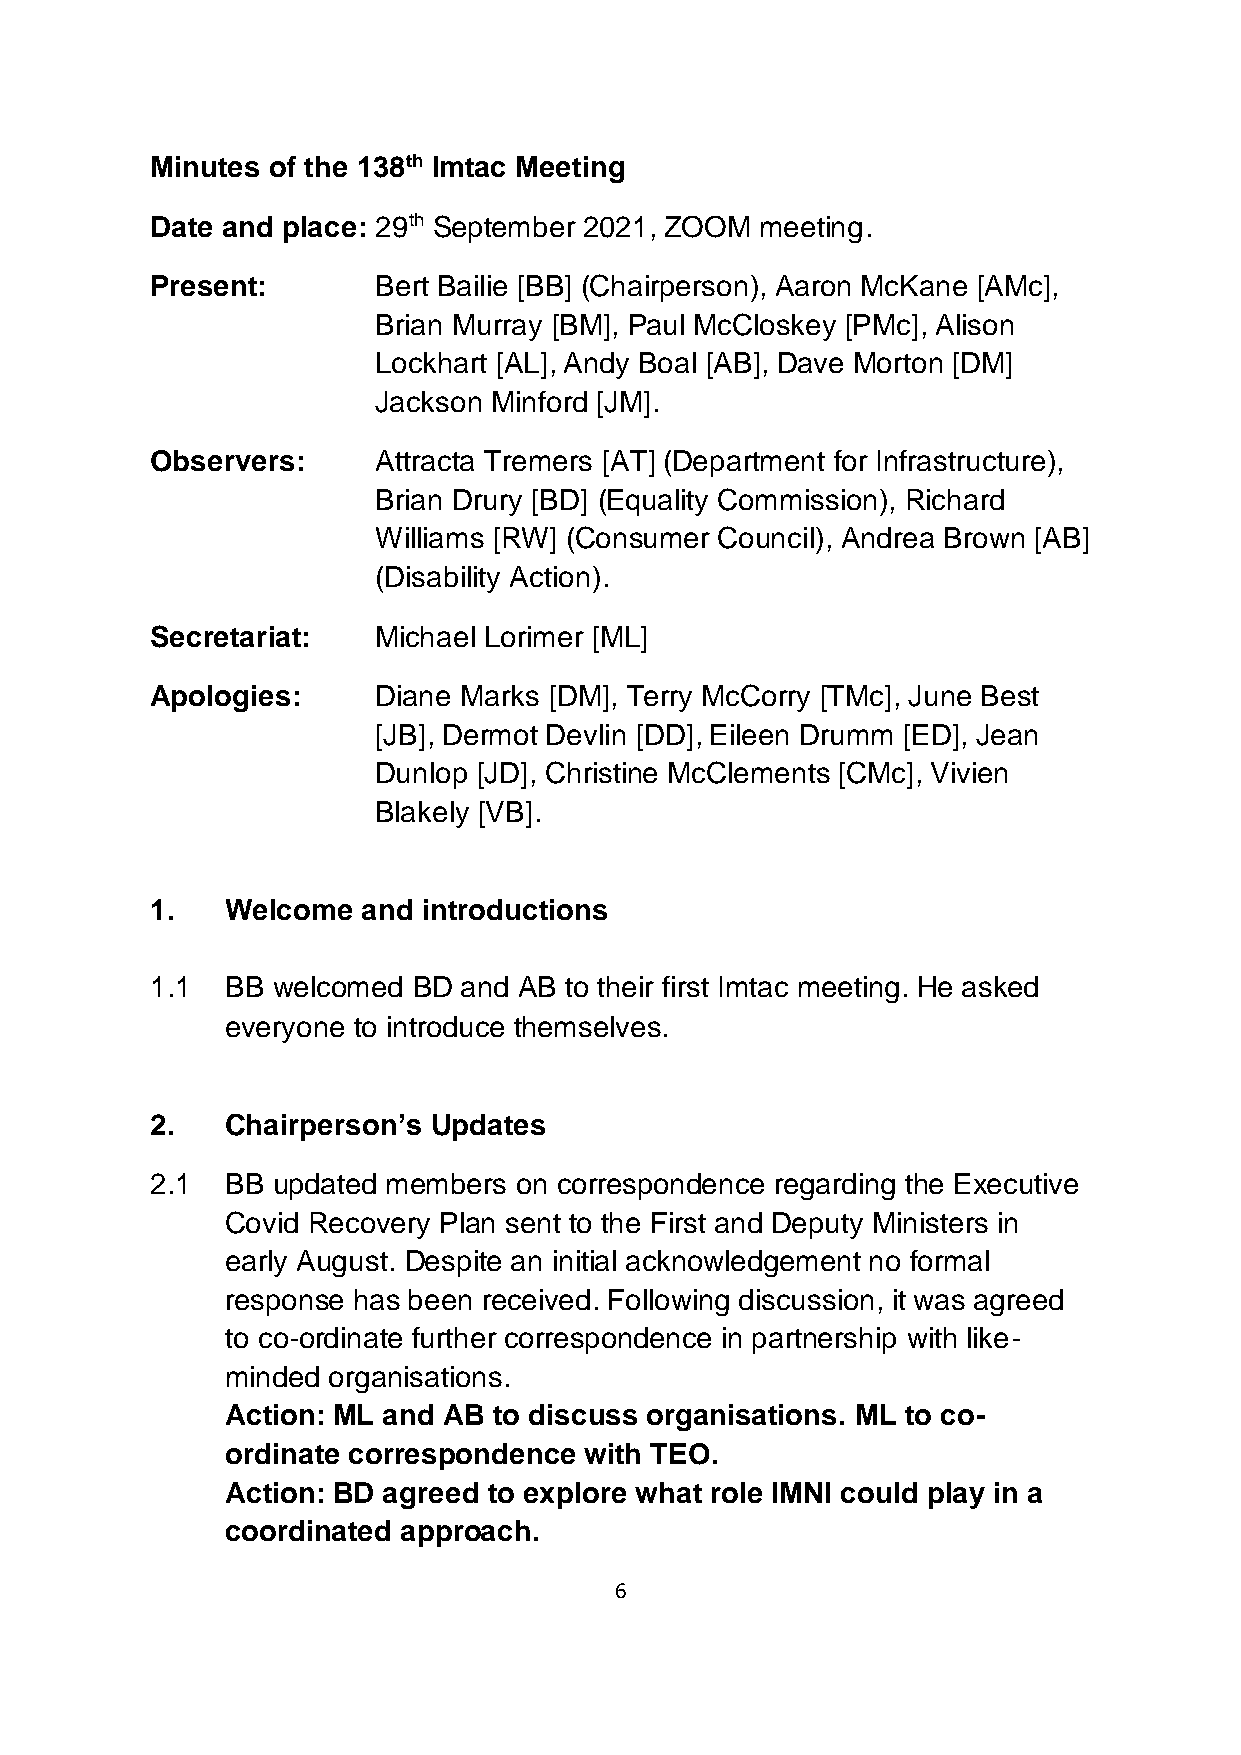
Minutes of the 138th Imtac Meeting
 Date and place: 29th September 2021, ZOOM meeting.
 Present:       Bert Bailie [BB] (Chairperson), Aaron McKane [AMc],
 Brian Murray [BM], Paul McCloskey [PMc], Alison
 Lockhart [AL], Andy Boal [AB], Dave Morton [DM]
 Jackson Minford [JM].
 Observers:     Attracta Tremers [AT] (Department for Infrastructure),
 Brian Drury [BD] (Equality Commission), Richard
 Williams [RW] (Consumer Council), Andrea Brown [AB]
 (Disability Action).
 Secretariat:   Michael Lorimer [ML]
 Apologies:     Diane Marks [DM], Terry McCorry [TMc], June Best
 [JB], Dermot Devlin [DD], Eileen Drumm [ED], Jean
 Dunlop [JD], Christine McClements [CMc], Vivien
 Blakely [VB].
 1.   Welcome  and introductions
 1.1  BB welcomed BD  and AB to their first Imtac meeting. He asked
 everyone to introduce themselves.
 2.   Chairperson’s Updates
 2.1  BB updated members on correspondence regarding the Executive
 Covid Recovery Plan sent to the First and Deputy Ministers in
 early August. Despite an initial acknowledgement no formal
 response has been received. Following discussion, it was agreed
 to co-ordinate further correspondence in partnership with like-
 minded organisations.
 Action: ML and AB to discuss organisations. ML to co-
 ordinate correspondence with TEO.
 Action: BD agreed to explore what role IMNI could play in a
 coordinated approach.
 6